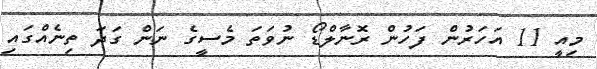
މިއީ 11 އަހަރުން ފަހުން ރޮނާލްޑޯ ނުވަތަ މެސީގެ ނަން ގަދަ ތިނެއްގައި